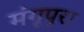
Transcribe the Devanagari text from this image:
मंगूपुरा